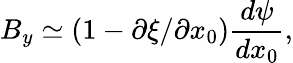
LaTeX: B_{y}\simeq\left(1-\partial\xi/\partial x_{0}\right)\frac{d\psi}{dx_{0}},